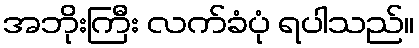
အဘိုးကြီး လက်ခံပုံ ရပါသည်။